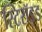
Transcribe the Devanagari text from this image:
स्टिरॉइड